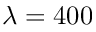
\lambda = 4 0 0